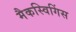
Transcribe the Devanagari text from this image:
मैकस्विगिंस